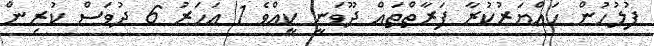
ފުލުހުން ހައްޔަރުކުރާ ފަރާތްތައް ދޫވަނީ ކީއްވެ 1 އަހަރު 6 ދުވަސް ކުރިން